Investigations into the jail dietaries of the United Provinces with some observations on the influence of dietary on the physical development and well-being of the people of the United Provinces - Number 48
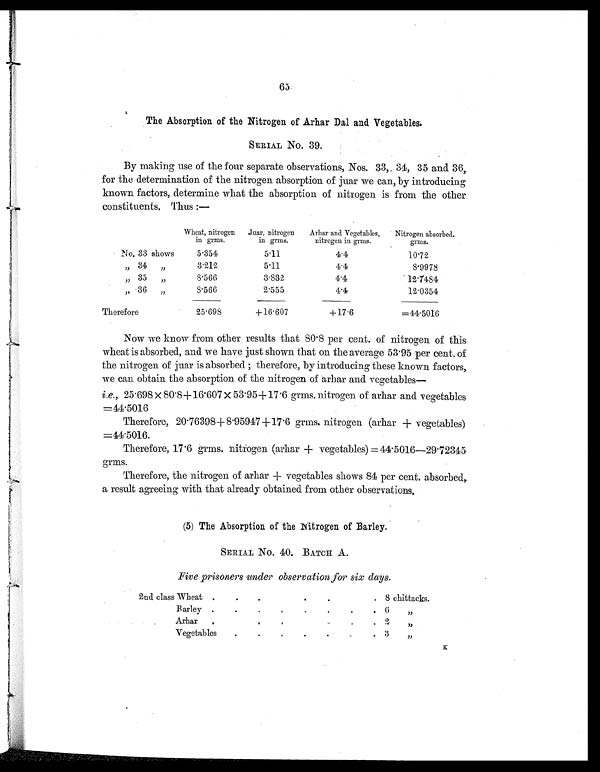
63
The Absorption of the Nitrogen of Arhar Dal and Vegetables.
SERIAL NO. 39.
By making use of the four separate observations, Nos. 33, 34, 35 and 36,
for the determination of the nitrogen absorption of juar we can, by introducing
known factors, determine what the absorption of nitrogen is from the other
constituents, Thus :—
Wheat, nitrogen
in grms.
Juar, nitrogen
in grms.
Arhar and Vegetables,
nitrogen in grms.
Nitrogen absorbed.
grms.
No. 33 shows
5.354
5.11
4.4
10.72
„ 34 „
3.212
5.11
4.4
8.9978
„ 35
„
8 . 5 6 6
3.832
4.4
12.7484
„ 36 „
8 . 5 6 6
2.555
4 . 4
12.0354
Therefore
25.698
+16.607
+17.6
=44.5016
Now we know from other results that 80.8 per cent. of nitrogen of this
wheat is absorbed, and we have just shown that on the average 53.95 per cent. of
the nitrogen of juar is absorbed ; therefore, by introducing these known factors,
we can obtain the absorption of the nitrogen of arhar and vegetables—
i.e., 25.698 × 80.8+16.607 × 53.95+17.6 grms. nitrogen of arhar and vegetables
=44.5016
Therefore, 20.76398+8.95947+17.6 grms. nitrogen (arhar + vegetables)
=44.5016.
Therefore, 17.6 grms. nitrogen (arhar + vegetables) = 44.5016—29.72345
grms.
Therefore, the nitrogen of arhar + vegetables shows 84 per cent. absorbed,
a result agreeing with that already obtained from other observations.
(5) The Absorption of the Nitrogen of Barley.
SERIAL NO. 40. BATCH A.
Five prisoners under observation for six days.
2nd class Wheat .
.
.
. .
.
. . 8 chittacks.
Barley .
.
.
.
.
.
.
. 6 „
Arhar .
. .
.
.
.
.
. 2 „
Vegetables
.
.
.
.
.
.
. 3 „
K